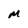
Character: M